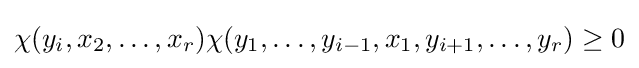
\chi (y_{i},x_{2},\dots ,x_{r})\chi (y_{1},\dots ,y_{i-1},x_{1},y_{i+1},\dots ,y_{r})\geq 0